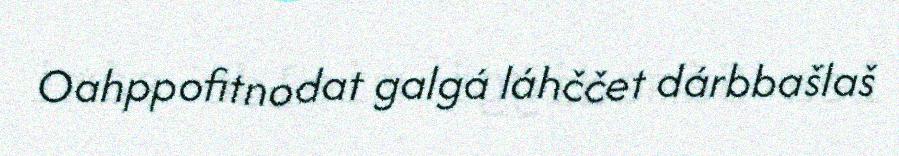
Oahppofitnodat galgá láhččet dárbbašlaš